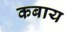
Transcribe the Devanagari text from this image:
कबाय